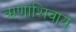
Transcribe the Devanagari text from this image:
ऋणांशिवाय